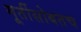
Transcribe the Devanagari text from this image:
मूर्तीसोबतच